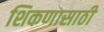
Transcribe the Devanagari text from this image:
शिकणासाठी